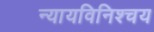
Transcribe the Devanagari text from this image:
न्यायविनिश्चय